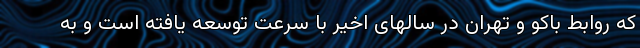
که روابط باکو و تهران در سالهای اخیر با سرعت توسعه یافته است و به